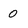
Character: 0